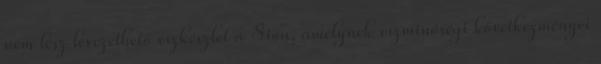
nem lesz levezethető vízkészlet a Sión, amelynek vízminőségi következményei